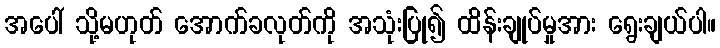
အပေါ် သို့မဟုတ် အောက်ခလုတ်ကို အသုံးပြု၍ ထိန်းချုပ်မှုအား ရွေးချယ်ပါ။